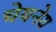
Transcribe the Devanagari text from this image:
चेयनेय